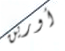
أورين